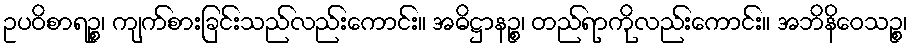
ဥပဝိစာရဉ္စ၊ ကျက်စားခြင်းသည်လည်းကောင်း။ အဓိဋ္ဌာနဉ္စ၊ တည်ရာကိုလည်းကောင်း။ အဘိနိဝေသဉ္စ၊